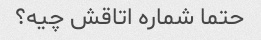
حتما شماره اتاقش چیه؟